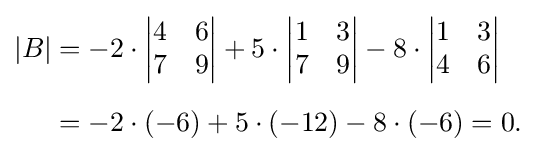
{\begin{aligned}|B|&=-2\cdot {\begin{vmatrix}4&6\\7&9\end{vmatrix}}+5\cdot {\begin{vmatrix}1&3\\7&9\end{vmatrix}}-8\cdot {\begin{vmatrix}1&3\\4&6\end{vmatrix}}\\[5pt]&=-2\cdot (-6)+5\cdot (-12)-8\cdot (-6)=0.\end{aligned}}